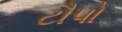
ટૌપો